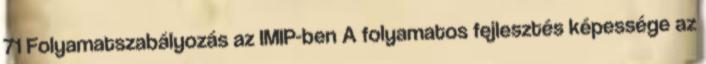
71 Folyamatszabályozás az IMIP-ben A folyamatos fejlesztés képessége az